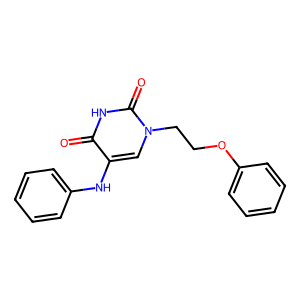
SMILES: O=c1[nH]c(=O)n(CCOc2ccccc2)cc1Nc1ccccc1
Inhibits HIV replication: No